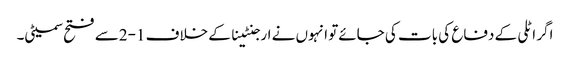
اگر اٹلی کے دفاع کی بات کی جائےتو انہوں نے ارجنٹینا کے خلاف 1-2سے فتح سمیٹی۔